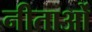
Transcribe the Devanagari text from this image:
नीताओं